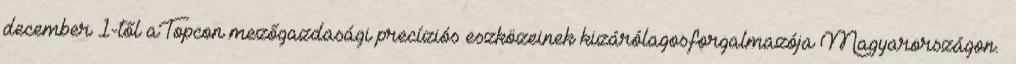
december 1-től aTopcon mezőgazdasági precíziós eszközeinek kizárólagosforgalmazója Magyarországon.